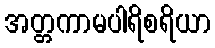
အတ္တကာမပါရိစရိယာ